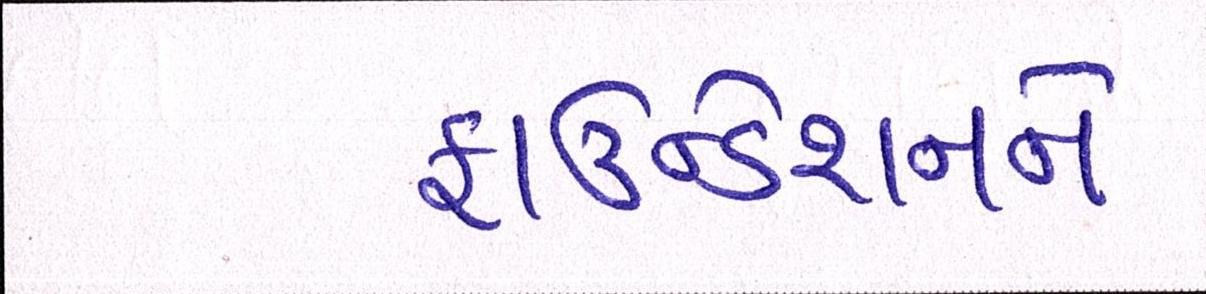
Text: ફાઉન્ડેશનને